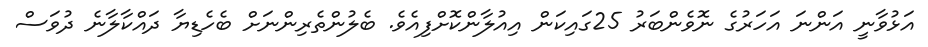
އަޅުވާނީ އަންނަ އަހަރުގެ ނޮވެންބަރު 25ގައިކަން އިއުލާންކޮށްފިއެވެ. ބެލުންތެރިންނަށް ބެހެޑިޔާ ދައްކާލާނެ ދުވަސް